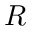
R